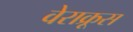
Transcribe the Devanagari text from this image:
वेराक्रूस